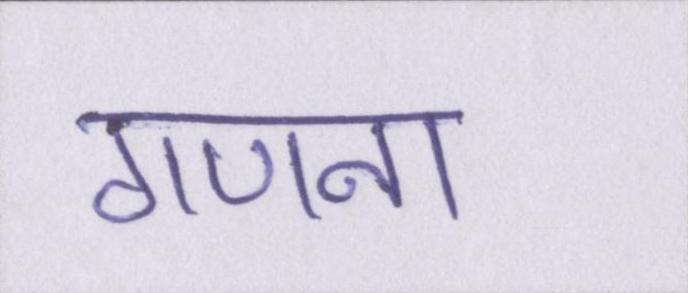
गणना